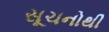
સૂચનોથી